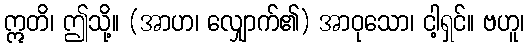
ဣတိ၊ ဤသို့။ (အာဟ၊ လျှောက်၏) အာဝုသော၊ ငါ့ရှင်။ ဗဟူ၊